Report on horse surra - Volume I
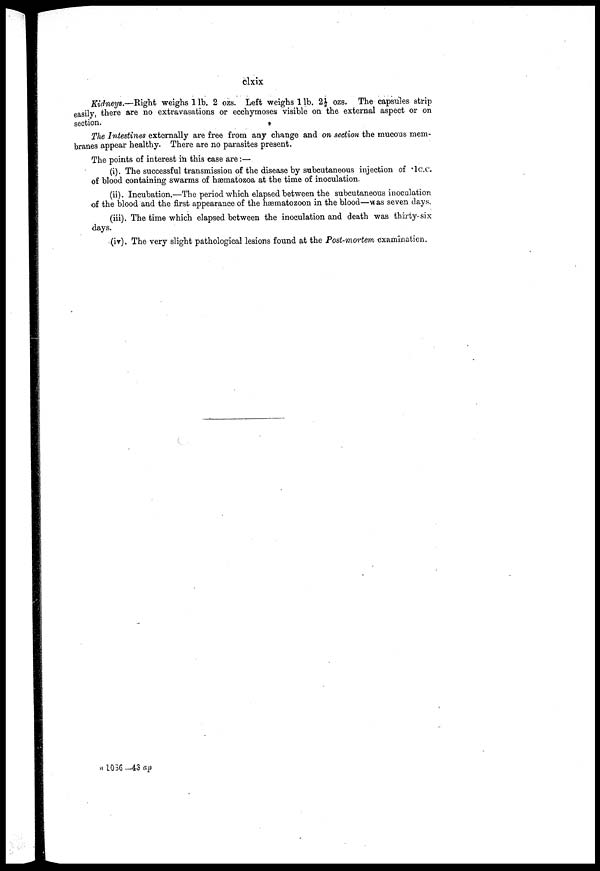
clxix
Kidneys.—Right weighs l lb. 2 ozs. Left weighs lib. 2 1/2 ozs. The capsules strip
easily, there are no extravasations or ecchymoses visible on the external aspect or on
section.
The Intestines externally are free from any change and on section the mucous mem-
branes appear healthy. There are no parasites present.
The points of interest in this case are:—
(i). The successful transmission of the disease by subcutaneous injection of 'lcc.
of blood containing swarms of hæmatozoa at the time of inoculation.
(ii). Incubation.—The period which elapsed between the subcutaneous inoculation
of the blood and the first appearance of the hæmatozoon in the blood—was seven days.
(iii). The time which elapsed between the inoculation and death was thirty- six
days.
(iv). The very slight pathological lesions found at the Post-mortem examination.